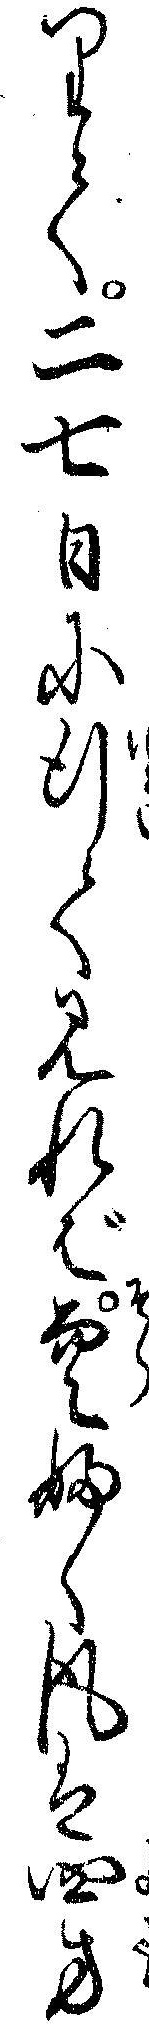
りて二七日に行て見れば空ふく風は四方